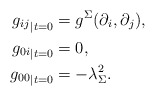
\begin{align*}{g_{ij}}_{|t=0} &= g^{\Sigma}(\partial_{i},\partial_{j}), \\{g_{0 i}}_{|t=0} &= 0, \\{g_{0 0}}_{|t=0} &= -\lambda_{\Sigma}^2.\end{align*}